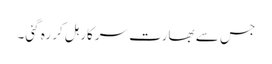
جس سے بھارت سرکار ہل کر رہ گئی۔